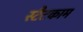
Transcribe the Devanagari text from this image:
स्टैटकाम